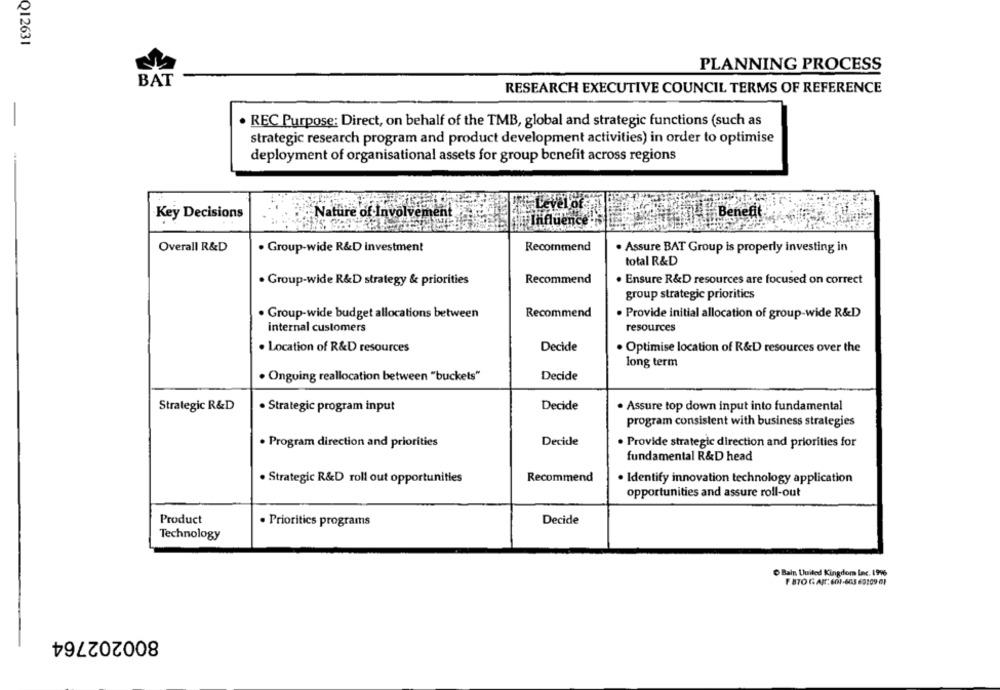
Q12631
PLANNING PROCESS
BAT
RESEARCH EXECUTIVE COUNCIL TERMS OF REFERENCE
· REC Purpose: Direct, on behalf of the TMB, global and strategic functions (such as
strategic research program and product development activities) in order to optimise
deployment of organisational assets for group benefit across regions
Key Decisions
Nature of Involvement
Benefit
Overall R&D
. Group-wide R&D investment
Recommend
. Assure BAT Group is properly investing in
total R&D
. Group-wide R&D strategy & priorities
Recommend
· Ensure R&D resources are focused on correct
group strategic prioritics
· Group-wide budget allocations between
Recommend
· Provide initial allocation of group-wide R&D
internal customers
resources
. Location of R&D resources
Decide
. Optimise location of R&D resources over the
long term
· Onguing reallocation between "buckets"
Decide
Strategic R&D
Decide
. Assure top down input into fundamental
· Strategic program input
program consistent with business strategies
Decide
. Program direction and priorities
· Provide strategic direction and priorities for
fundamental R&D head
· Strategic R&D roll out opportunities
Recommend
. Identify innovation technology application
opportunities and assure roll-out
Product
· Priorities programs
Decide
Technology
Bain United Kingdom Inc. 1976
F 8TO G ART. 601-663 69109 61
800202764